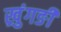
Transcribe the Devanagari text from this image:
ख्रुंगङी